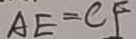
A E = C F